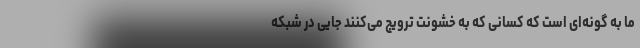
ما به گونه‌ای است که کسانی که به خشونت ترویج می‌کنند جایی در شبکه